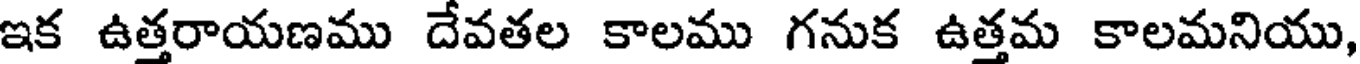
ఇక ఉత్తరాయణము దేవతల కాలము గనుక ఉత్తమ కాలమనియు,